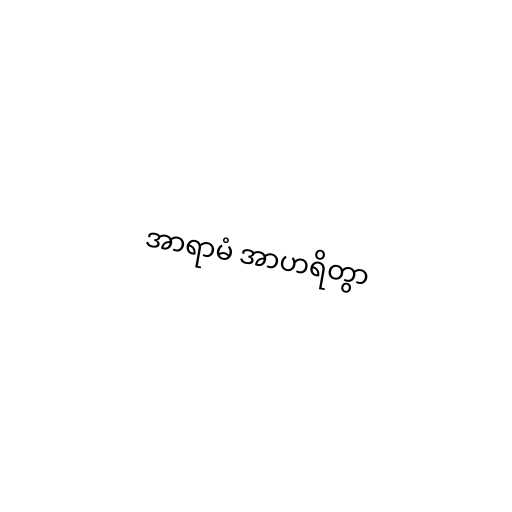
အာရာမံ အာဟရိတွာ